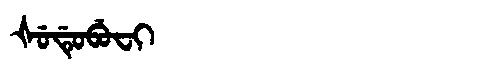
Manchu: ᡧᡠᡩᡠᠪᡠᠸᡳ
Romanization: ŠUDUBUFI